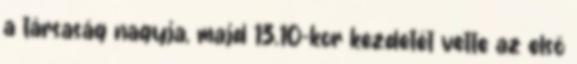
a társaság nagyja, majd 13.10-kor kezdetét vette az első